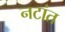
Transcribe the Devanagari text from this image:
नटांत